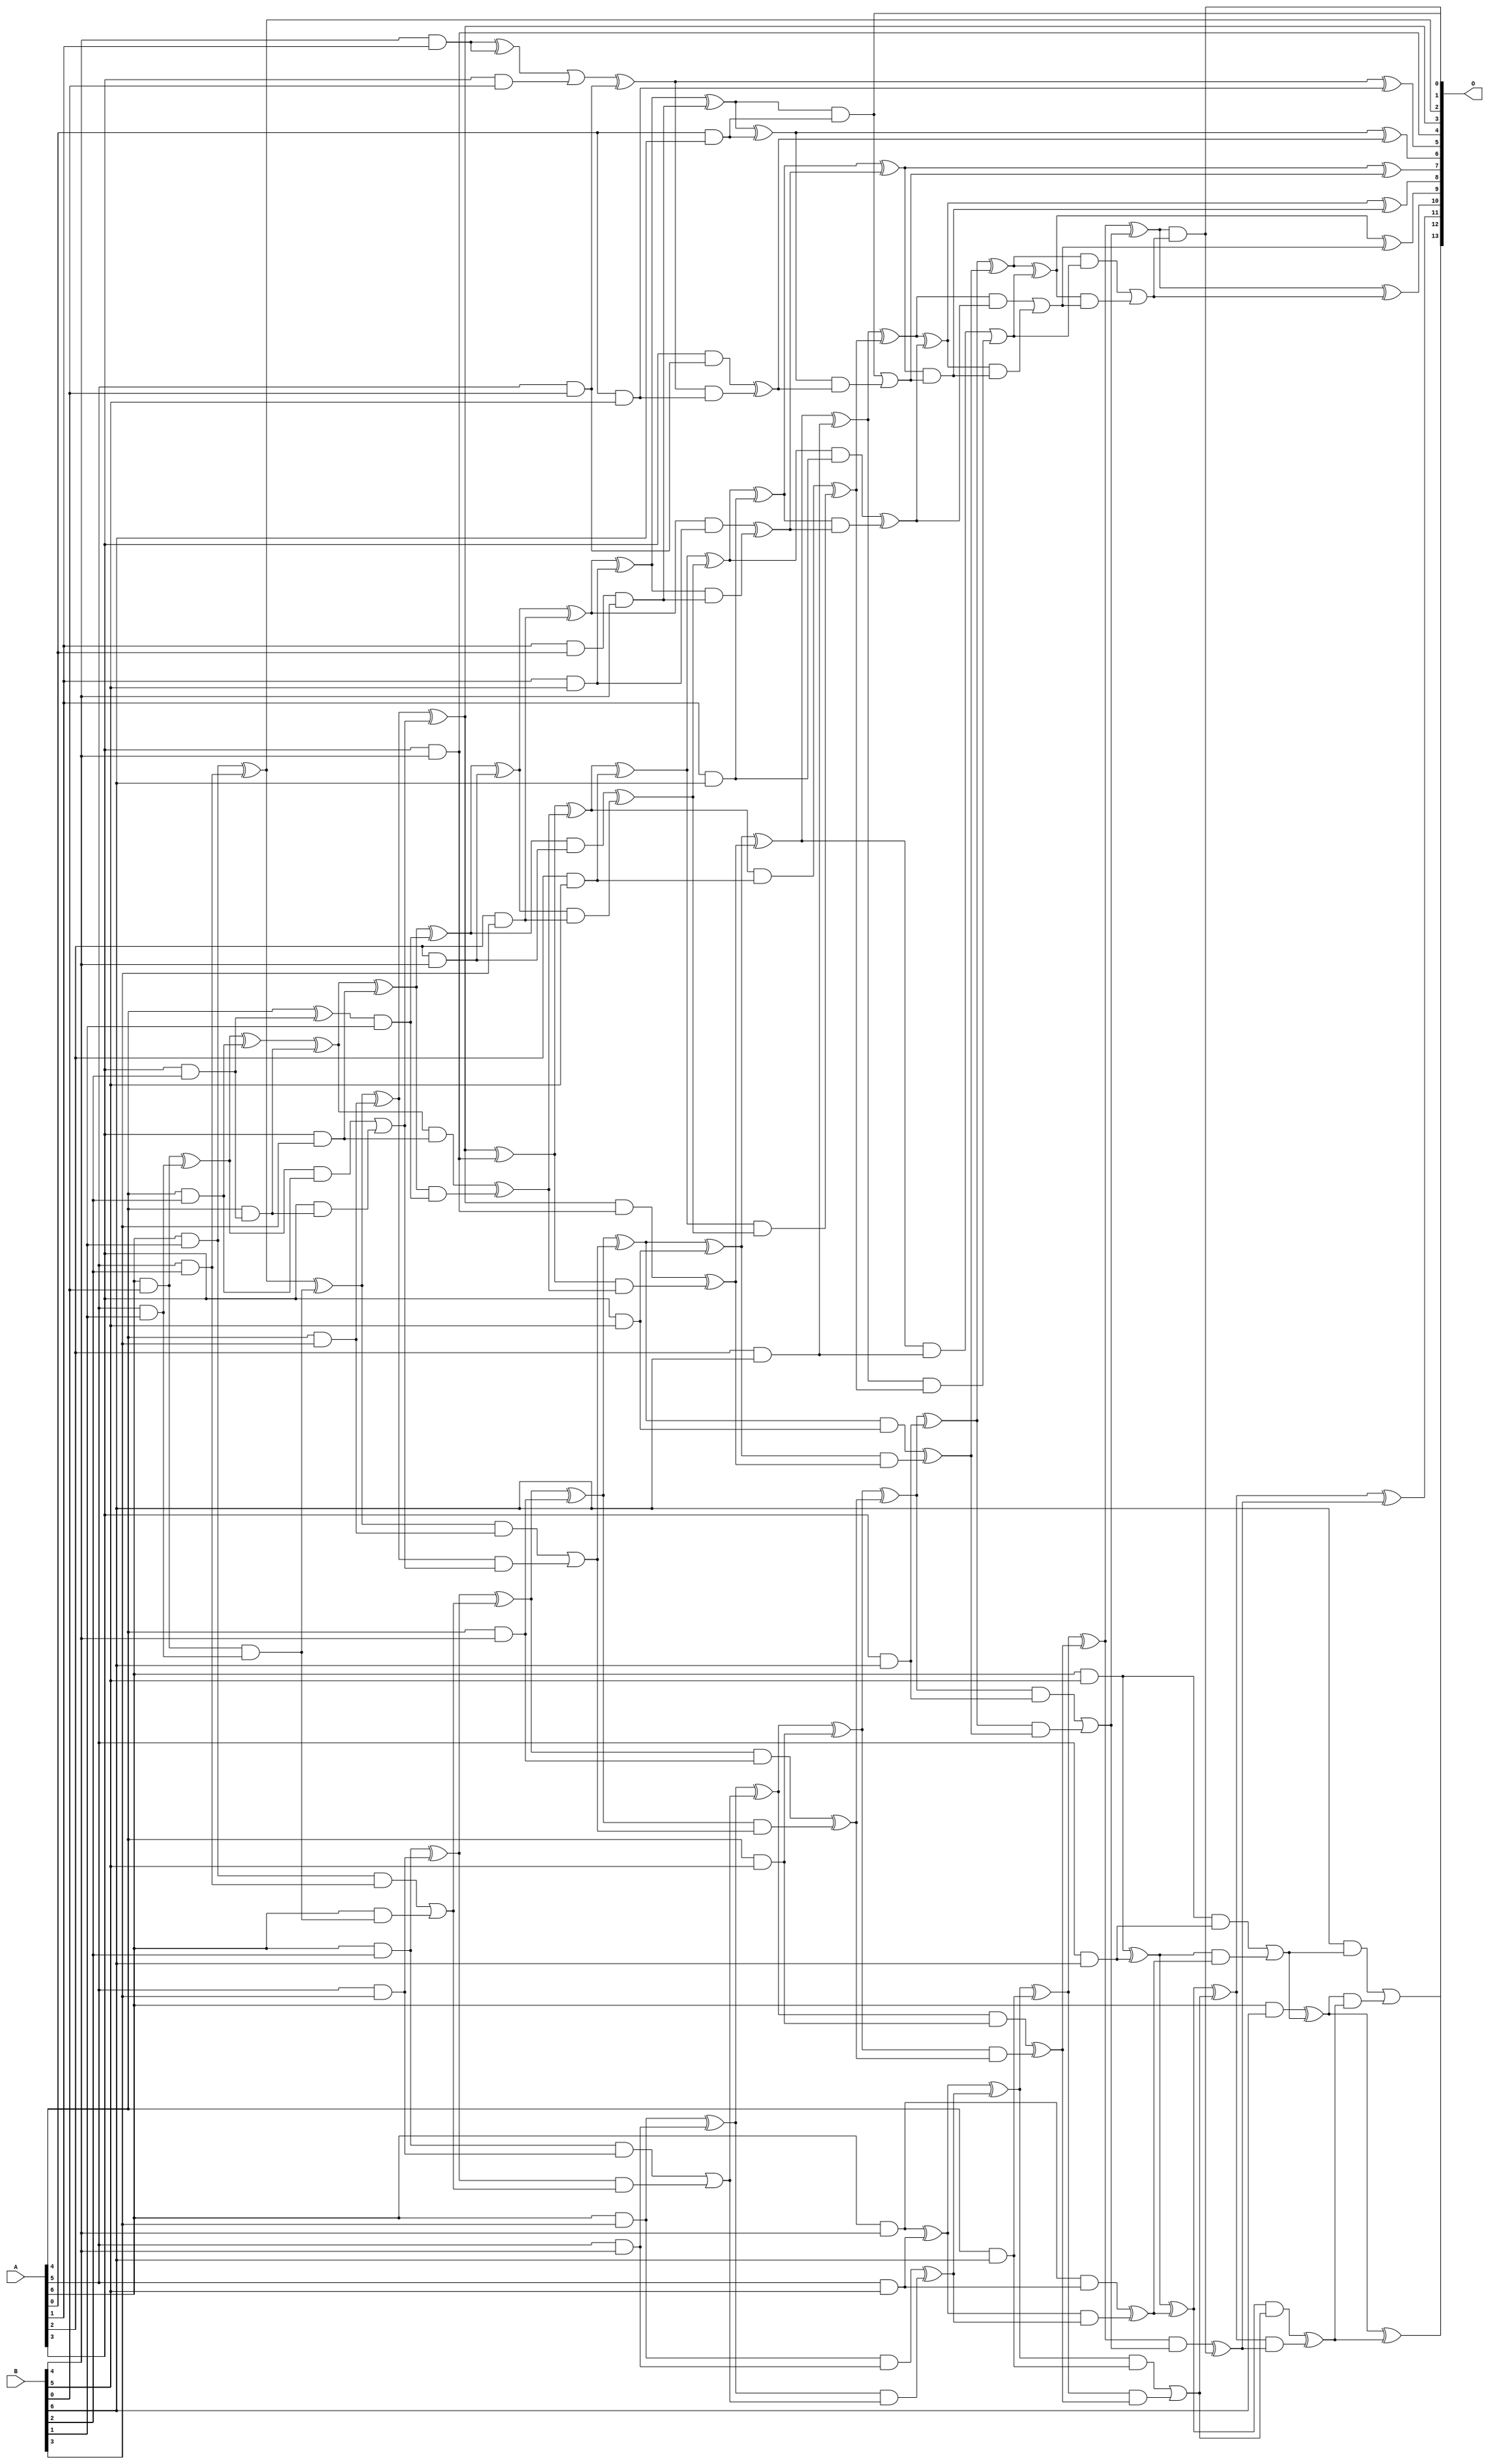
/***
* This code is a part of EvoApproxLib library (ehw.fit.vutbr.cz/approxlib) distributed under The MIT License.
* When used, please cite the following article(s): V. Mrazek, S. S. Sarwar, L. Sekanina, Z. Vasicek and K. Roy, "Design of power-efficient approximate multipliers for approximate artificial neural networks," 2016 IEEE/ACM International Conference on Computer-Aided Design (ICCAD), Austin, TX, 2016, pp. 1-7. doi: 10.1145/2966986.2967021 
* This file contains a circuit from a sub-set of pareto optimal circuits with respect to the pwr and ep parameters
***/
// MAE% = 0.13 %
// MAE = 21 
// WCE% = 0.49 %
// WCE = 80 
// WCRE% = 300.00 %
// EP% = 92.88 %
// MRE% = 3.06 %
// MSE = 709 
// PDK45_PWR = 0.204 mW
// PDK45_AREA = 399.4 um2
// PDK45_DELAY = 1.19 ns


module mul7u_04A(A, B, O);
  input [6:0] A, B;
  output [13:0] O;
  wire [6:0] A, B;
  wire [13:0] O;
  wire sig_20, sig_25, sig_26, sig_27, sig_36, sig_37;
  wire sig_38, sig_39, sig_44, sig_45, sig_46, sig_63;
  wire sig_66, sig_67, sig_68, sig_69, sig_70, sig_71;
  wire sig_73, sig_74, sig_75, sig_76, sig_80, sig_81;
  wire sig_82, sig_83, sig_93, sig_97, sig_98, sig_99;
  wire sig_100, sig_101, sig_102, sig_103, sig_104, sig_105;
  wire sig_106, sig_108, sig_109, sig_110, sig_111, sig_112;
  wire sig_113, sig_115, sig_116, sig_118, sig_119, sig_120;
  wire sig_125, sig_126, sig_127, sig_129, sig_130, sig_131;
  wire sig_132, sig_133, sig_134, sig_135, sig_136, sig_137;
  wire sig_138, sig_139, sig_140, sig_141, sig_142, sig_143;
  wire sig_144, sig_145, sig_146, sig_147, sig_148, sig_149;
  wire sig_150, sig_151, sig_152, sig_153, sig_154, sig_155;
  wire sig_156, sig_157, sig_158, sig_159, sig_160, sig_162;
  wire sig_163, sig_164, sig_165, sig_166, sig_167, sig_168;
  wire sig_169, sig_170, sig_171, sig_172, sig_173, sig_174;
  wire sig_175, sig_176, sig_177, sig_178, sig_179, sig_180;
  wire sig_181, sig_182, sig_183, sig_184, sig_185, sig_186;
  wire sig_187, sig_188, sig_189, sig_190, sig_191, sig_192;
  wire sig_193, sig_194, sig_195, sig_197, sig_199, sig_200;
  wire sig_201, sig_202, sig_203, sig_204, sig_205, sig_206;
  wire sig_207, sig_208, sig_209, sig_210, sig_211, sig_212;
  wire sig_213, sig_214, sig_215, sig_216, sig_217, sig_218;
  wire sig_219, sig_220, sig_221, sig_222, sig_223, sig_224;
  wire sig_226, sig_227, sig_228, sig_229, sig_231, sig_232;
  wire sig_233, sig_234, sig_236, sig_237, sig_238, sig_241;
  wire sig_242, sig_243, sig_244, sig_246, sig_247, sig_248;
  wire sig_249;
  assign sig_20 = A[6] & B[0];
  assign sig_25 = A[3] & B[2];
  assign sig_26 = A[5] & B[1];
  assign sig_27 = A[6] & B[1];
  assign sig_36 = A[4] ^ sig_25;
  assign sig_37 = A[4] & sig_25;
  assign sig_38 = sig_20 ^ sig_26;
  assign sig_39 = sig_20 & sig_26;
  assign sig_44 = A[4] & B[2];
  assign sig_45 = A[5] & B[2];
  assign sig_46 = A[6] & B[2];
  assign sig_63 = sig_36 & B[1];
  assign sig_66 = sig_63;
  assign sig_67 = sig_38 ^ sig_44;
  assign sig_68 = sig_38 & sig_44;
  assign sig_69 = A[3] & sig_37;
  assign sig_70 = sig_67 ^ sig_37;
  assign sig_71 = sig_68 | sig_69;
  assign O[2] = sig_27 ^ sig_45;
  assign sig_73 = sig_27 & sig_45;
  assign sig_74 = A[6] & sig_39;
  assign sig_75 = O[2] ^ sig_39;
  assign sig_76 = sig_73 | sig_74;
  assign sig_80 = A[3] & B[3];
  assign sig_81 = A[4] & B[3];
  assign sig_82 = A[5] & B[3];
  assign sig_83 = A[6] & B[3];
  assign sig_93 = A[3] & B[0];
  assign sig_97 = B[4] & A[1];
  assign sig_98 = A[2] & B[3];
  assign sig_99 = sig_70 ^ sig_80;
  assign sig_100 = sig_70 & sig_80;
  assign sig_101 = sig_99 & sig_66;
  assign sig_102 = sig_99 ^ sig_66;
  assign sig_103 = sig_100 ^ sig_101;
  assign sig_104 = sig_75 ^ sig_81;
  assign sig_105 = sig_75 & sig_81;
  assign sig_106 = sig_104 & sig_71;
  assign O[3] = sig_104 ^ sig_71;
  assign sig_108 = sig_105 | sig_106;
  assign sig_109 = sig_46 ^ sig_82;
  assign sig_110 = sig_46 & sig_82;
  assign sig_111 = sig_109 & sig_76;
  assign sig_112 = sig_109 ^ sig_76;
  assign sig_113 = sig_110 | sig_111;
  assign sig_115 = A[1] & B[4];
  assign sig_116 = A[2] & B[4];
  assign O[4] = A[3] & B[4];
  assign sig_118 = A[4] & B[4];
  assign sig_119 = A[5] & B[4];
  assign sig_120 = A[6] & B[4];
  assign sig_125 = A[0] & B[5];
  assign sig_126 = sig_97 ^ sig_115;
  assign sig_127 = A[1] & A[0];
  assign sig_129 = sig_126 | sig_93;
  assign sig_130 = sig_127 & B[4];
  assign sig_131 = sig_102 ^ sig_116;
  assign sig_132 = sig_102 & sig_116;
  assign sig_133 = sig_131 & sig_98;
  assign sig_134 = sig_131 ^ sig_98;
  assign sig_135 = sig_132 ^ sig_133;
  assign sig_136 = O[3] ^ O[4];
  assign sig_137 = O[3] & O[4];
  assign sig_138 = sig_136 & sig_103;
  assign sig_139 = sig_136 ^ sig_103;
  assign sig_140 = sig_137 ^ sig_138;
  assign sig_141 = sig_112 ^ sig_118;
  assign sig_142 = sig_112 & sig_118;
  assign sig_143 = sig_141 & sig_108;
  assign sig_144 = sig_141 ^ sig_108;
  assign sig_145 = sig_142 ^ sig_143;
  assign sig_146 = sig_83 ^ sig_119;
  assign sig_147 = sig_83 & sig_119;
  assign sig_148 = sig_146 & sig_113;
  assign sig_149 = sig_146 ^ sig_113;
  assign sig_150 = sig_147 ^ sig_148;
  assign sig_151 = A[5] & B[0];
  assign sig_152 = A[1] & B[5];
  assign sig_153 = A[2] & B[5];
  assign sig_154 = A[3] & B[5];
  assign sig_155 = A[4] & B[5];
  assign sig_156 = A[5] & B[5];
  assign sig_157 = A[6] & B[5];
  assign sig_158 = sig_129 ^ sig_151;
  assign sig_159 = A[3] & sig_151;
  assign sig_160 = sig_158 & sig_125;
  assign O[5] = sig_158 ^ sig_125;
  assign sig_162 = sig_159 ^ sig_160;
  assign sig_163 = sig_134 ^ sig_152;
  assign sig_164 = sig_134 & sig_152;
  assign sig_165 = sig_163 & sig_130;
  assign sig_166 = sig_163 ^ sig_130;
  assign sig_167 = sig_164 ^ sig_165;
  assign sig_168 = sig_139 ^ sig_153;
  assign sig_169 = sig_139 & sig_153;
  assign sig_170 = sig_168 & sig_135;
  assign sig_171 = sig_168 ^ sig_135;
  assign sig_172 = sig_169 ^ sig_170;
  assign sig_173 = sig_144 ^ sig_154;
  assign sig_174 = sig_144 & sig_154;
  assign sig_175 = sig_173 & sig_140;
  assign sig_176 = sig_173 ^ sig_140;
  assign sig_177 = sig_174 ^ sig_175;
  assign sig_178 = sig_149 ^ sig_155;
  assign sig_179 = sig_149 & sig_155;
  assign sig_180 = sig_178 & sig_145;
  assign sig_181 = sig_178 ^ sig_145;
  assign sig_182 = sig_179 ^ sig_180;
  assign sig_183 = sig_120 ^ sig_156;
  assign sig_184 = sig_120 & sig_156;
  assign sig_185 = sig_183 & sig_150;
  assign sig_186 = sig_183 ^ sig_150;
  assign sig_187 = sig_184 ^ sig_185;
  assign sig_188 = A[0] & B[6];
  assign sig_189 = A[1] & B[6];
  assign sig_190 = A[2] & B[6];
  assign sig_191 = A[3] & B[6];
  assign sig_192 = A[4] & B[6];
  assign sig_193 = A[5] & B[6];
  assign sig_194 = A[6] & B[6];
  assign sig_195 = sig_166 ^ sig_188;
  assign O[1] = sig_166 & sig_188;
  assign sig_197 = sig_195 & sig_162;
  assign O[6] = sig_195 ^ sig_162;
  assign sig_199 = O[1] | sig_197;
  assign sig_200 = sig_171 ^ sig_189;
  assign sig_201 = sig_171 & sig_189;
  assign sig_202 = sig_200 & sig_167;
  assign sig_203 = sig_200 ^ sig_167;
  assign sig_204 = sig_201 ^ sig_202;
  assign sig_205 = sig_176 ^ sig_190;
  assign sig_206 = sig_176 & sig_190;
  assign sig_207 = sig_205 & sig_172;
  assign sig_208 = sig_205 ^ sig_172;
  assign sig_209 = sig_206 | sig_207;
  assign sig_210 = sig_181 ^ sig_191;
  assign sig_211 = sig_181 & sig_191;
  assign sig_212 = sig_210 & sig_177;
  assign sig_213 = sig_210 ^ sig_177;
  assign sig_214 = sig_211 | sig_212;
  assign sig_215 = sig_186 ^ sig_192;
  assign sig_216 = sig_186 & sig_192;
  assign sig_217 = sig_215 & sig_182;
  assign sig_218 = sig_215 ^ sig_182;
  assign sig_219 = sig_216 | sig_217;
  assign sig_220 = sig_157 ^ sig_193;
  assign sig_221 = sig_157 & sig_193;
  assign sig_222 = sig_220 & sig_187;
  assign sig_223 = sig_220 ^ sig_187;
  assign sig_224 = sig_221 | sig_222;
  assign O[7] = sig_203 ^ sig_199;
  assign sig_226 = sig_203 & sig_199;
  assign sig_227 = sig_208 ^ sig_204;
  assign sig_228 = sig_208 & sig_204;
  assign sig_229 = sig_227 & sig_226;
  assign O[8] = sig_227 ^ sig_226;
  assign sig_231 = sig_228 | sig_229;
  assign sig_232 = sig_213 ^ sig_209;
  assign sig_233 = sig_213 & sig_209;
  assign sig_234 = sig_232 & sig_231;
  assign O[9] = sig_232 ^ sig_231;
  assign sig_236 = sig_233 | sig_234;
  assign sig_237 = sig_218 ^ sig_214;
  assign sig_238 = sig_218 & sig_214;
  assign O[0] = sig_237 & sig_236;
  assign O[10] = sig_237 ^ sig_236;
  assign sig_241 = sig_238 ^ O[0];
  assign sig_242 = sig_223 ^ sig_219;
  assign sig_243 = sig_223 & sig_219;
  assign sig_244 = sig_242 & sig_241;
  assign O[11] = sig_242 ^ sig_241;
  assign sig_246 = sig_243 ^ sig_244;
  assign sig_247 = sig_194 ^ sig_224;
  assign sig_248 = B[6] & sig_224;
  assign sig_249 = sig_247 & sig_246;
  assign O[12] = sig_247 ^ sig_246;
  assign O[13] = sig_248 | sig_249;
endmodule